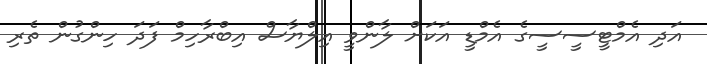
އަދި އެމްޓީސީސީގެ އެމްޑީ އަކަށް ލާންވީ އިލްޔާސް އިބްރާހިމް ފަދަ ހިންގުން ތެރި